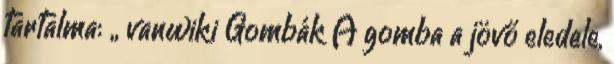
tartalma: „ vanwiki Gombák A gomba a jövő eledele,